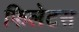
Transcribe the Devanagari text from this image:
फिलेटस